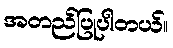
အတည်ပြုပါတယ်။